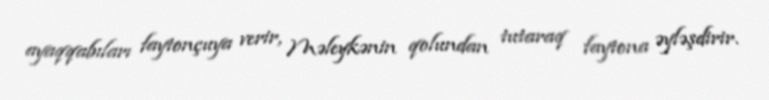
ayaqqabıları faytonçuya verir, Məleykənin qolundan tutaraq faytona əyləşdirir.